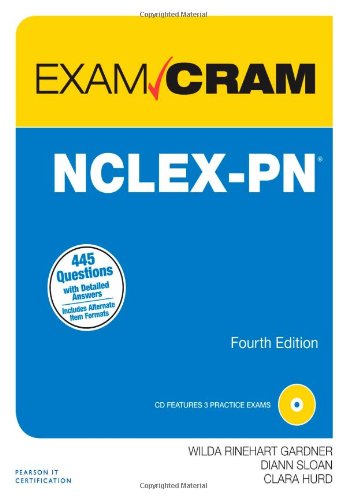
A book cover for NCLEX-PN Exam Cram (4th Edition); Wilda Rinehart; Test Preparation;